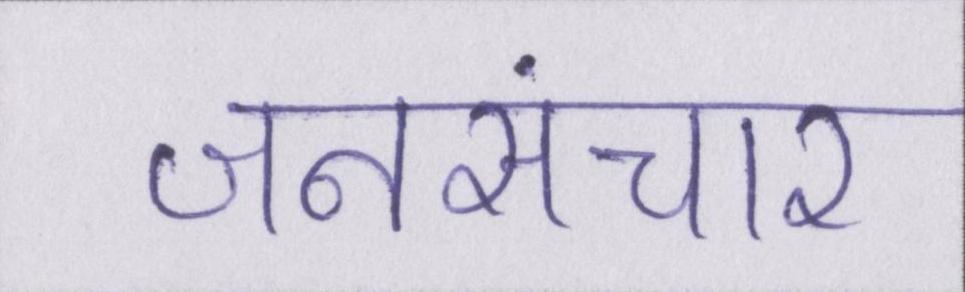
जनसंचार